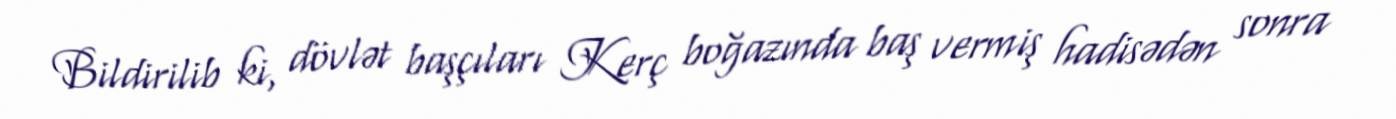
Bildirilib ki, dövlət başçıları Kerç boğazında baş vermiş hadisədən sonra